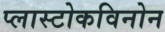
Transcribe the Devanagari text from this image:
प्लास्टोकविनोन